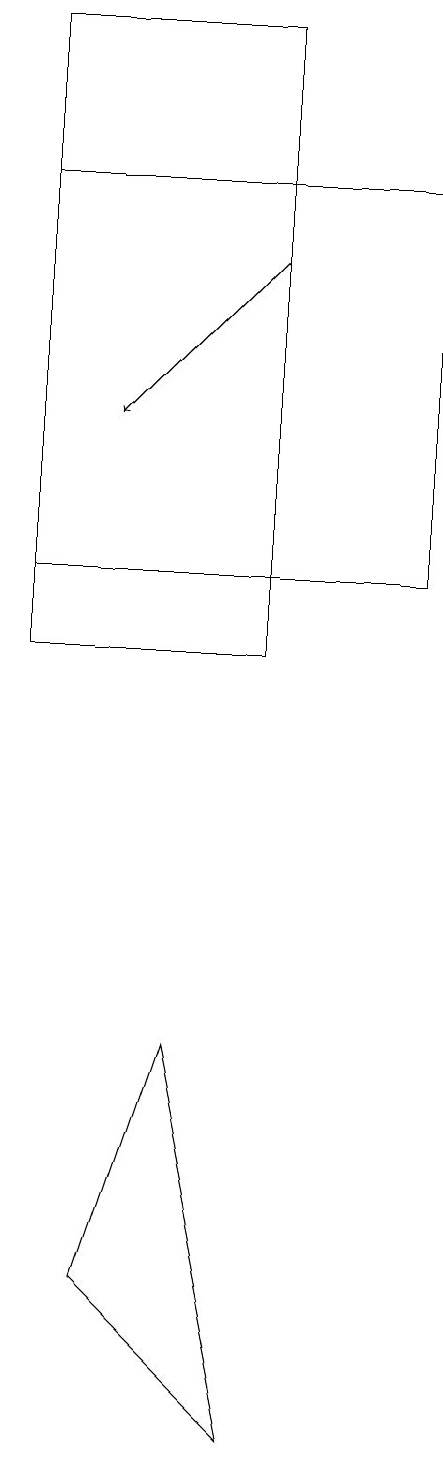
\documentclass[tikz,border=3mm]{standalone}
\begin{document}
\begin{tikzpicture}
\draw (6,19) rectangle (3,11);
\draw (6,1) -- (4,3) -- (5,6) -- cycle;
\draw[->] (6,16) -- (4,14);
\draw (3,12) rectangle (8,17);
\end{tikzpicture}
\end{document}